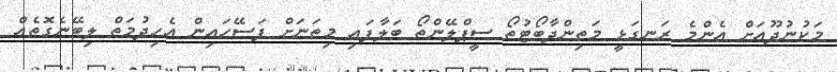
މަކުނުދޫއަށް އެންމެ ރަނގަޅީ މަތިންދާބޯޓުތޯ ސީޕްލޭންތޯ ބަލާފައި މިތަނަށް ފަސޭހައިން އެހިދުމަތް ލިބޭނެގޮތެއް